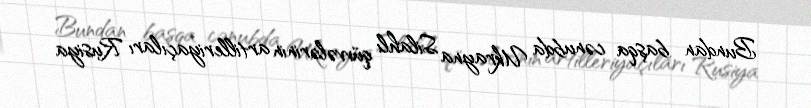
Bundan başqa cənubda Ukrayna Silahlı qüvvələrinin artilleriyaçıları Rusiya